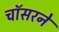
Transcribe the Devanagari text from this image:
चॉसरने